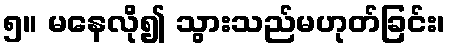
၅။ မနေလို၍ သွားသည်မဟုတ်ခြင်း၊